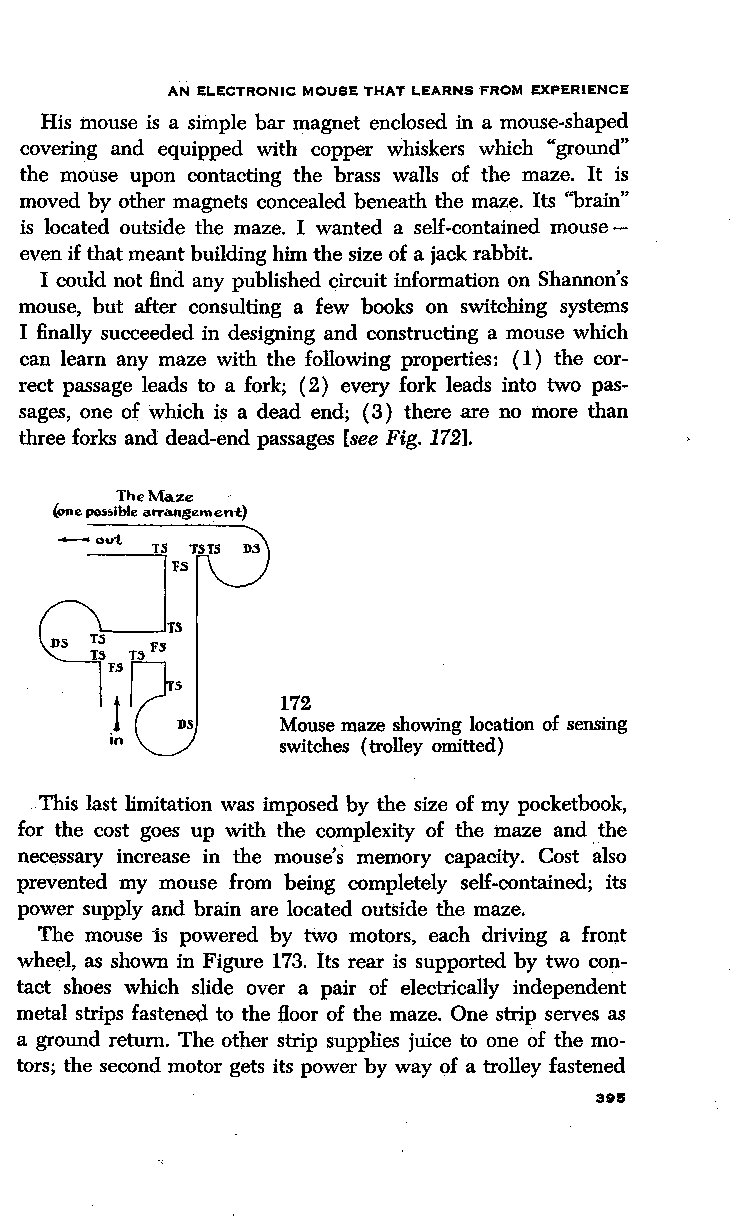
A.N ELECTRONIC MOUSE THAT LEARNS FROM EXPERIENCE
 His mouse is a simple bar magnet enclosed in a mouse-shaped
 covering and equipped with copper whiskers which "ground"
 the mouse upon contacting the brass walls of the maze. It is
 moved by other magnets concealed beneath the maze. Its "brain"
 is located outside the maze. I wanted a seH-contained mouse -
 even if that meant building him the size of a jack rabbit.
 I could not find any published circUit information on Shannon's
 mouse, but after consulting a few books on switching systems
 I finally succeeded in designing and constructing a mouse which
 can learn any maze with the following properties: ( 1) the cor
 rect passage leads to a fork; ( 2) every fork leads into two pas
 sages, one of· which is a dead end; ( 3) there are no more than
 three forks and dead-end passages [see Fig. 172].
 TheMa.ze ·
 (one possible arra.nsement)
 .........,out.
 ___T '-'iS TSTS
 'FS
 172
 Mouse maze showing location of sensing
 switches (trolley omitted)
 -This last limitation was imposed by the size of my pocketbook,
 for the cost goes up with the complexity of the maze and the
 necessary increase in the mouse's memory capacity. Cost aiso
 prevented my mouse from being completely seH-contained; its
 power supply and brain are located outside the maze.
 The mouse 1s powered by two motors, each driving a front
 wheel, as shown in Figure 173. Its rear is supported by two con
 tact shoes which slide over a pair of electrically independent
 metal strips fastened to the floor of the maze. One strip serves as
 a ground return. The other strip supplies juice to one of the mo
 tors; the second motor gets its power by way of a trolley fastened
 3815